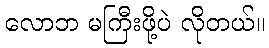
လောဘ မကြီးဖို့ပဲ လိုတယ်။